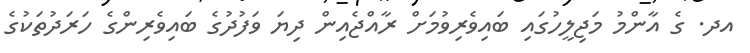
އދ. ގެ އާންމު މަޖިލީހުގައި ބައިވެރިވުމަށް ރާއްޖެއިން ދިޔަ ވަފުދުގެ ބައިވެރިންގެ ހަރަދުތަކުގެ